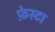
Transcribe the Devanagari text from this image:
फ़ेस्टा